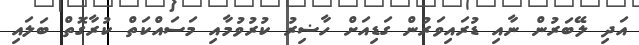
އަދި ލޭބަރުން ނާއި ޑުރައިވަރުން ގަޑިއަށް ހާޟިރު ކުރުވުމާއި މަސައްކަތް ކުރާގޮތް ބަލައި